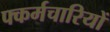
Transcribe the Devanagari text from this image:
फ्कर्मचारियों